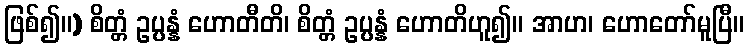
ဖြစ်၍။) စိတ္တံ ဥပ္ပန္နံ ဟောတီတိ၊ စိတ္တံ ဥပ္ပန္နံ ဟောတိဟူ၍။ အာဟ၊ ဟောတော်မူပြီ။